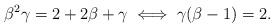
LaTeX: \begin{align*}\beta^2 \gamma=2+2\beta +\gamma \iff \gamma(\beta-1)=2.\end{align*}